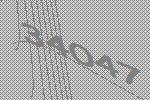
34047